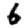
Digit: 6